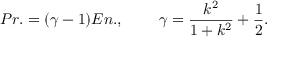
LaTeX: P r . = ( \gamma - 1 ) E n . , \; \; \; \; \; \; \; \; \gamma = \frac { k ^ { 2 } } { 1 + k ^ { 2 } } + \frac { 1 } { 2 } .